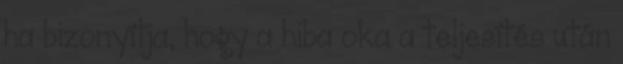
ha bizonyítja, hogy a hiba oka a teljesítés után